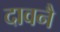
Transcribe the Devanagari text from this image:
दावनै